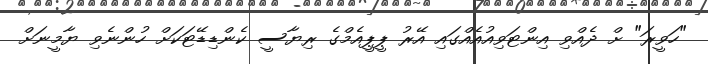
"ހަވީރަ" ށް ދެއްވި އިންޓަވިއުއެއްގައި އޭރު ޕީޕީއެމްގެ ރިޔާސީ ކެންޑިޑޭޓަކަށް ހުންނެވި ޔާމީނަށް